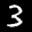
Label: 3